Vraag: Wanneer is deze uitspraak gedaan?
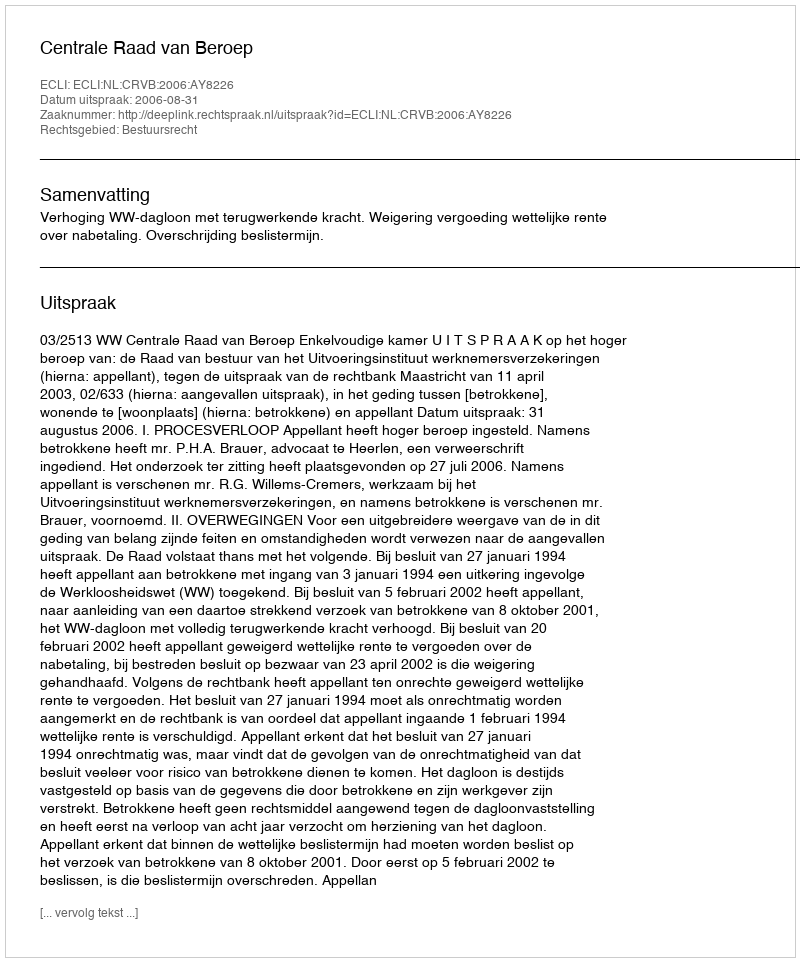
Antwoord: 2006-08-31